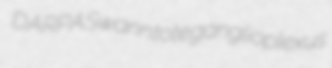
DARPA Swann tote ganglioplexus